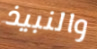
والنبيذ